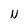
Character: N